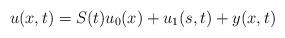
LaTeX: \begin{align*}u(x,t)=S(t)u_0(x)+u_1(s,t)+y(x,t)\end{align*}